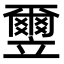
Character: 𫁮